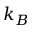
k _ { B }